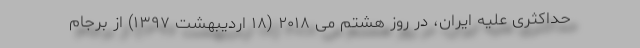
حداکثری علیه ایران، در روز هشتم می ۲۰۱۸ (۱۸ اردیبهشت ۱۳۹۷) از برجام